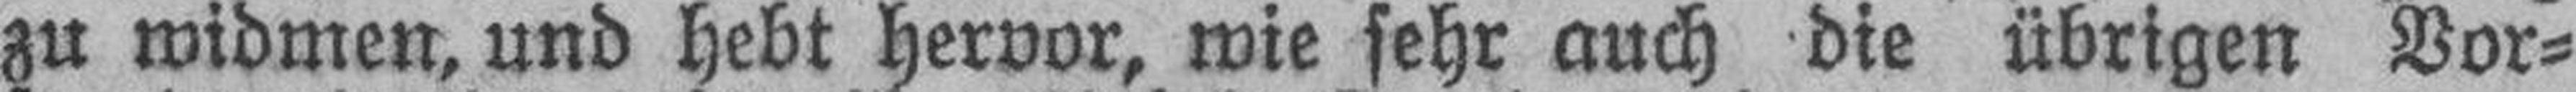
zu widmen, und hebt hervor, wie sehr auch die übrigen Vor¬